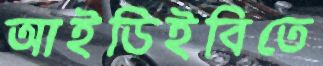
আইডিইবিতে